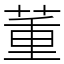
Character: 董